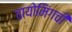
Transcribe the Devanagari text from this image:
वायोमिंगची